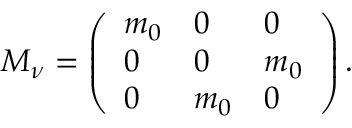
{ \cal M } _ { \nu } = \left( \begin{array} { l l l } { { m _ { 0 } } } & { { 0 } } & { { 0 } } \\ { { 0 } } & { { 0 } } & { { m _ { 0 } } } \\ { { 0 } } & { { m _ { 0 } } } & { { 0 } } \end{array} \right) .